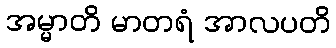
အမ္မာတိ မာတရံ အာလပတိ